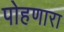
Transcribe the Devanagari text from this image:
पोहणारा